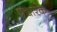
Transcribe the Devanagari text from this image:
प्रचारके